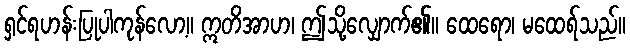
ရှင်ရဟန်းပြုပါကုန်လော့။ ဣတိအာဟ၊ ဤသို့လျှောက်၏။ ထေရော၊ မထေရ်သည်။